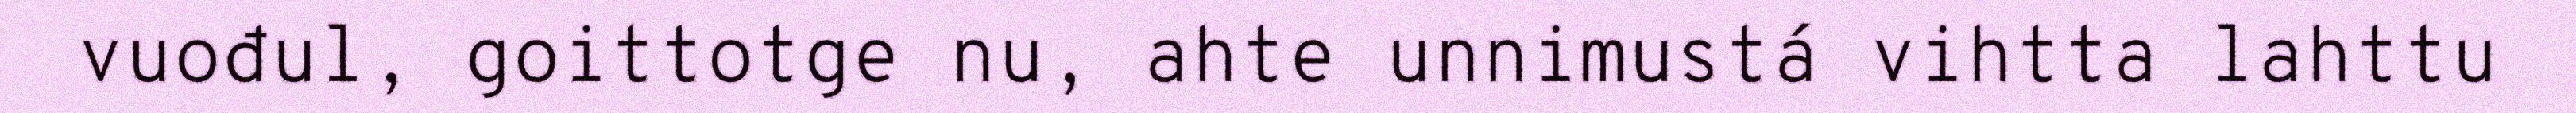
vuođul, goittotge nu, ahte unnimustá vihtta lahttu